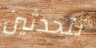
تتحدثين